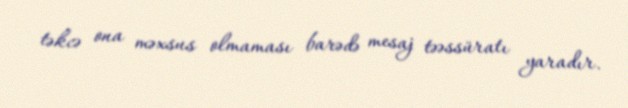
təkcə ona məxsus olmaması barədə mesaj təəssüratı yaradır.